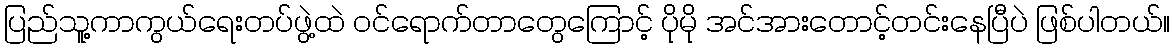
ပြည်သူ့ကာကွယ်ရေးတပ်ဖွဲ့ထဲ ဝင်ရောက်တာတွေကြောင့် ပိုမို အင်အားတောင့်တင်းနေပြီပဲ ဖြစ်ပါတယ်။